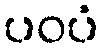
ပဝပံ